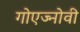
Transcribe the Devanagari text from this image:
गोएज्नोवी